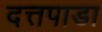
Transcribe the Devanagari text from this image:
दत्तपाडा